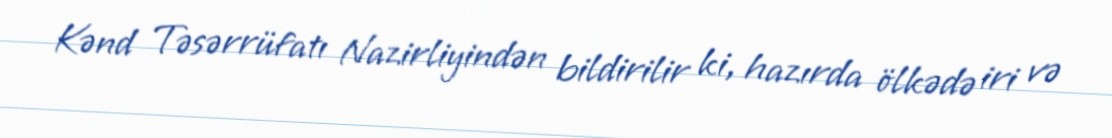
Kənd Təsərrüfatı Nazirliyindən bildirilir ki, hazırda ölkədə iri və